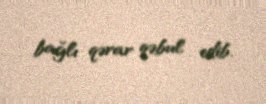
bağlı qərar qəbul edib.